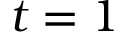
t = 1